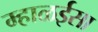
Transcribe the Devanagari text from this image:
म्हाळईसा